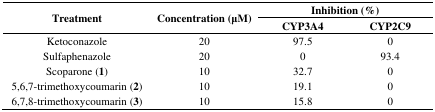
<table><thead><tr><td rowspan="2"><b>Treatment</b></td><td rowspan="2"><b>Concentration (μM)</b></td><td colspan="2"><b>Inhibition (%)</b></td></tr><tr><td><b>CYP3A4</b></td><td><b>CYP2C9</b></td></tr></thead><tbody><tr><td>Ketoconazole</td><td>20</td><td>97.5</td><td>0</td></tr><tr><td>Sulfaphenazole</td><td>20</td><td>0</td><td>93.4</td></tr><tr><td>Scoparone (<b>1</b>)</td><td>10</td><td>32.7</td><td>0</td></tr><tr><td>5,6,7-trimethoxycoumarin (<b>2</b>)</td><td>10</td><td>19.1</td><td>0</td></tr><tr><td>6,7,8-trimethoxycoumarin (<b>3</b>)</td><td>10</td><td>15.8</td><td>0</td></tr></tbody></table>